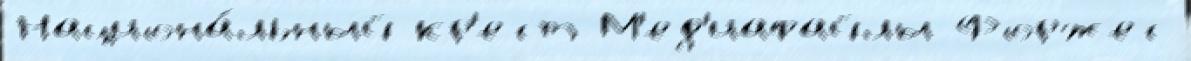
Национа́льный кр'ест М'ед'иафайлы Форжес